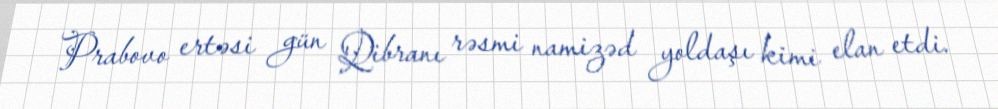
Prabovo ertəsi gün Qibranı rəsmi namizəd yoldaşı kimi elan etdi.